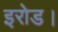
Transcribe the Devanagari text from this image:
इरोड।